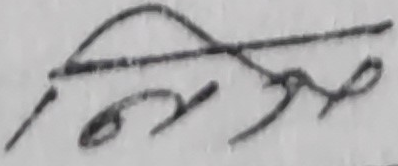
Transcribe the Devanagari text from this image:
अमरसिह